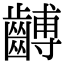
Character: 𪙍